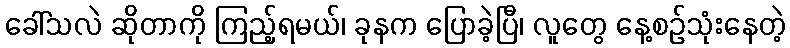
ခေါ်သလဲ ဆိုတာကို ကြည့်ရမယ်၊ ခုနက ပြောခဲ့ပြီ၊ လူတွေ နေ့စဉ်သုံးနေတဲ့